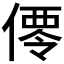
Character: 𬿑